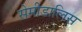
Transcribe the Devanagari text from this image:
सेमीडालिस